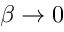
\beta \to 0